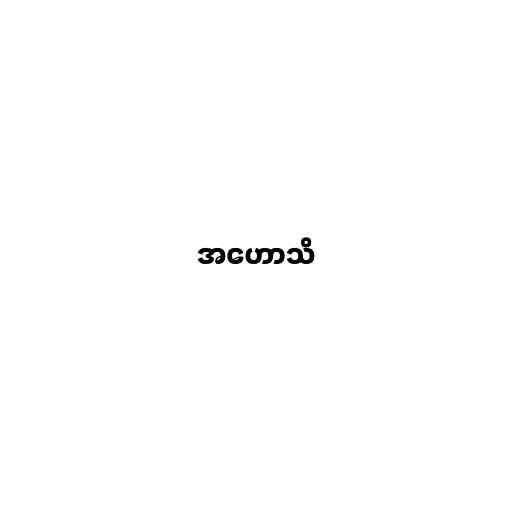
အဟောသိ